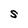
Character: S